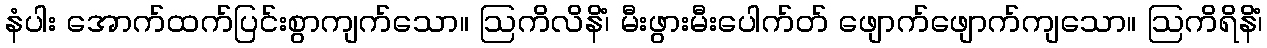
နံပါး အောက်ထက်ပြင်းစွာကျက်သော။ ဩကိလိနိံ၊ မီးဖွားမီးပေါက်တ် ဖျောက်ဖျောက်ကျသော။ ဩကိရိနိံ၊